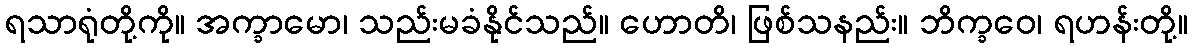
ရသာရုံတို့ကို။ အက္ခာမော၊ သည်းမခံနိုင်သည်။ ဟောတိ၊ ဖြစ်သနည်း။ ဘိက္ခဝေ၊ ရဟန်းတို့။